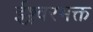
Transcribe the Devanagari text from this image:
ईश्र्वरभक्त